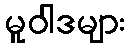
မူဝါဒများ